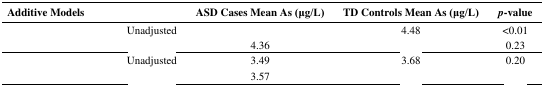
<table><thead><tr><td colspan="2"><b>Additive Models</b></td><td><b>ASD Cases Mean As(μg/L)</b></td><td><b>TD Controls Mean As (μg/L)</b></td><td><b><i>p</i>-value</b></td></tr></thead><tbody><tr><td rowspan="2">[EMPTY_CELL]</td><td>Unadjusted</td><td>[EMPTY_CELL]</td><td>4.48</td><td>&lt;0.01</td></tr><tr><td>[EMPTY_CELL]</td><td>4.36</td><td>[EMPTY_CELL]</td><td>0.23</td></tr><tr><td rowspan="2">[EMPTY_CELL]</td><td>Unadjusted</td><td>3.49</td><td>3.68</td><td>0.20</td></tr><tr><td>[EMPTY_CELL]</td><td>3.57</td><td>[EMPTY_CELL]</td><td>[EMPTY_CELL]</td></tr></tbody></table>